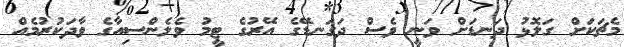
މެޗަކަށް ގަލޮޅު ދަނޑަށް ވަނީ ވެސް ދަގަނޑޭގެ އޭރުގެ ޓީމު ވެލެންސިއާގެ ވާދަކުރުމެއް